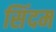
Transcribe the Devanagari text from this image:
सिंदम